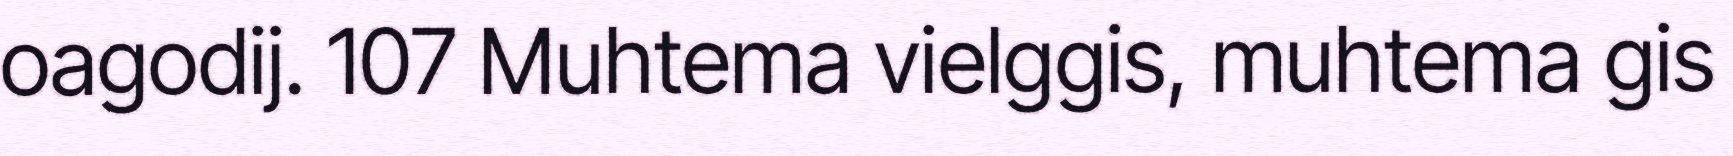
oagodij. 107 Muhtema vielggis, muhtema gis